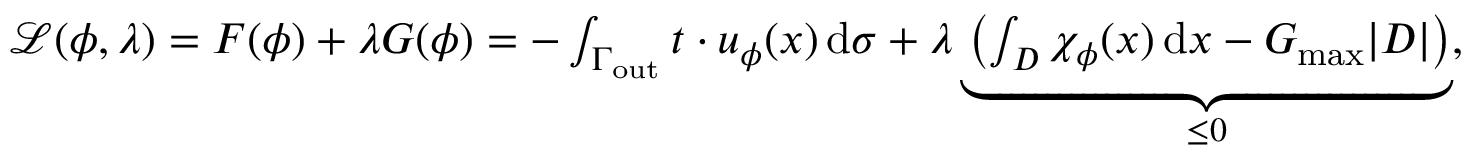
\begin{array} { r } { \mathcal { L } ( \phi , \lambda ) = F ( \phi ) + \lambda G ( \phi ) = - \int _ { \Gamma _ { \mathrm { o u t } } } \boldsymbol { t } \cdot \boldsymbol { u } _ { \phi } ( x ) \, \mathrm { d } \sigma + \lambda \underbrace { \left( \int _ { D } \chi _ { \phi } ( x ) \, \mathrm { d } x - G _ { \mathrm { m a x } } | D | \right) } _ { \le 0 } , } \end{array}